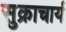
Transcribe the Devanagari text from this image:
सुक्राचार्य